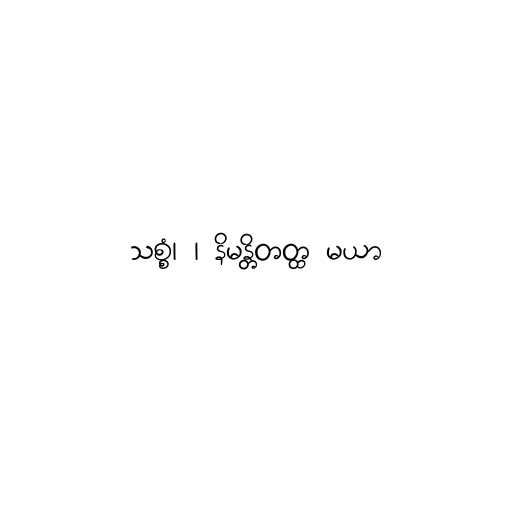
သစ္စံ၊ ၊ နိမန္တိတတ္ထ မယာ